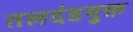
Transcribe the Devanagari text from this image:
तलदंडयुक्त